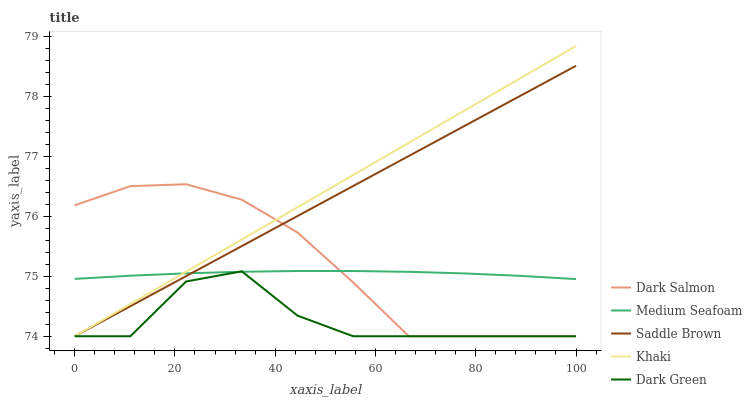
| xaxis_label | Dark Salmon | Medium Seafoam | Saddle Brown | Khaki | Dark Green |
 | --- | --- | --- | --- | --- | --- |
 | 0 | 76.2 | 75 | 74 | 74 | 74 |
 | 11.1 | 76.5 | 75 | 74.5 | 74.5 | 74 |
 | 22.2 | 76.5 | 75 | 75 | 75.1 | 74.9 |
 | 33.3 | 76.3 | 75.1 | 75.5 | 75.6 | 75.1 |
 | 44.4 | 75.7 | 75.1 | 76 | 76.2 | 74.3 |
 | 55.6 | 74.9 | 75.1 | 76.5 | 76.7 | 74 |
 | 66.7 | 74 | 75.1 | 77 | 77.2 | 74 |
 | 77.8 | 74 | 75 | 77.5 | 77.8 | 74 |
 | 88.9 | 74 | 75 | 78 | 78.3 | 74 |
 | 100 | 74 | 75 | 78.5 | 78.8 | 74 |